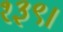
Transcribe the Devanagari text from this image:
१३९।